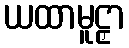
ယထာမူဠှာ